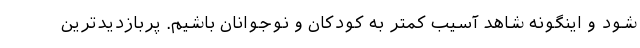
شود و اینگونه شاهد آسیب کمتر به کودکان و نوجوانان باشیم. پربازدیدترین